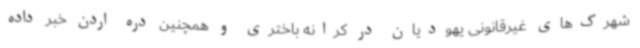
شهرک‌های غیرقانونی یهودیان در کرانه باختری و همچنین دره اردن خبر داده